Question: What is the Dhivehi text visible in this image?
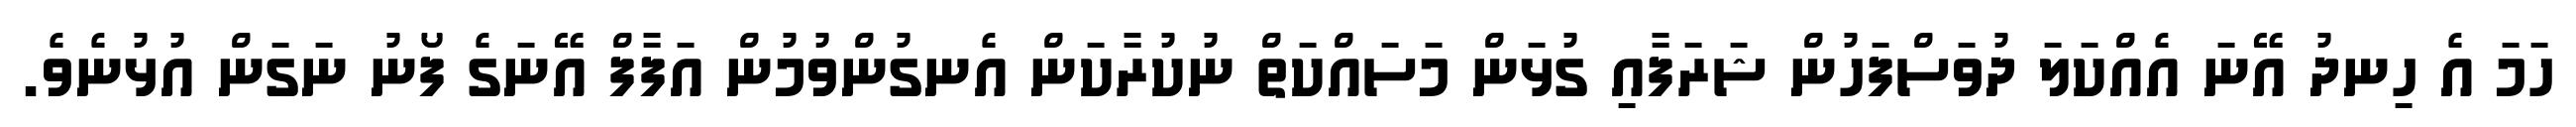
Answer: ހަމަ އެ ހިނދު އޭނަ އެއްކަލަ ދުވަސްފަހުން ޝަރަފާއި ގުޅަން މަސައްކަތް ނުކުރާކަން އެނގުންވުމުން އަފާފް އޭނަގެ ފޯނު ނަގަން އުޅުނެވެ.